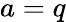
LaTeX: a=q